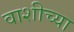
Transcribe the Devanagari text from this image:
वाशीच्या